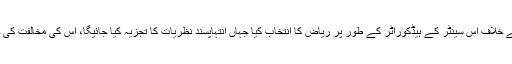
رکن ممالک نے انتہاپسندی کے خلاف اس سینٹر کے ہیڈکوراٹر کے طور پر ریاض کا انتخاب کیا جہاں انتہاپسند نظریات کا تجزیہ کیا جائیگا، اس کی مخالفت کی جائیگی اور اسے روکا جائیگا۔